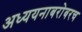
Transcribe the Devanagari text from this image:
अध्ययनाबरोबरच